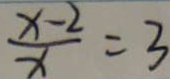
\frac { x - 2 } { x } = 3